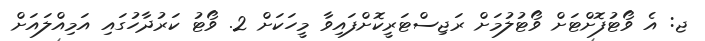
ޖ: އެ ވޯޓުފޮށްޓަށް ވޯޓުލުމަށް ރަޖިސްޓަރީކޮށްފައިވާ މީހަކަށް 2. ވޯޓު ކަރުދާހުގައި އަމިއްލައަށް